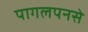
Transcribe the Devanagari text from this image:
पागलपनसे